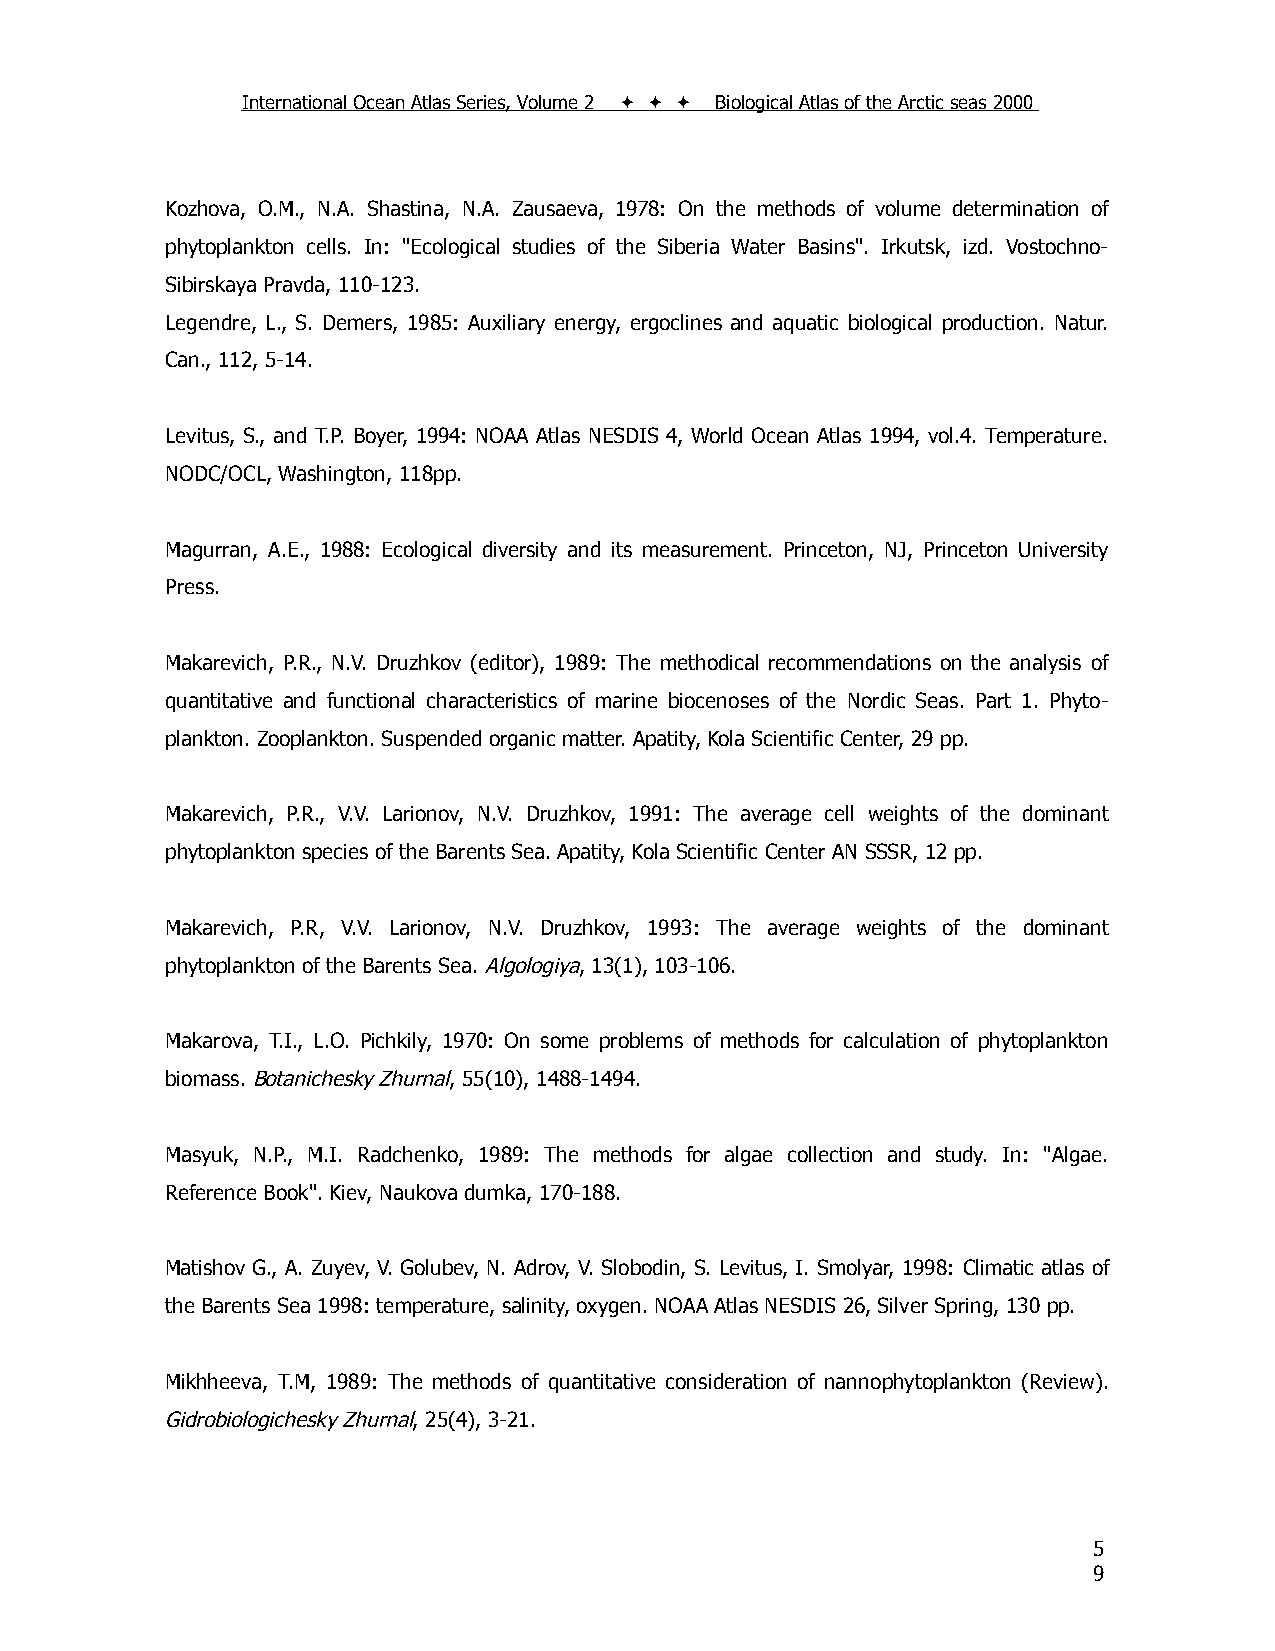
International Ocean Atlas Series, Volume 2    Biological Atlas of the Arctic seas 2000
 Kozhova, O.M., N.A. Shastina, N.A. Zausaeva, 1978: On the methods of volume determination of
 phytoplankton cells. In: "Ecological studies of the Siberia Water Basins". Irkutsk, izd. Vostochno-
 Sibirskaya Pravda, 110-123.
 Legendre, L., S. Demers, 1985: Auxiliary energy, ergoclines and aquatic biological production. Natur.
 Can., 112, 5-14.
 Levitus, S., and T.P. Boyer, 1994: NOAA Atlas NESDIS 4, World Ocean Atlas 1994, vol.4. Temperature.
 NODC/OCL, Washington, 118pp.
 Magurran, A.E., 1988: Ecological diversity and its measurement. Princeton, NJ, Princeton University
 Press.
 Makarevich, P.R., N.V. Druzhkov (editor), 1989: The methodical recommendations on the analysis of
 quantitative and functional characteristics of marine biocenoses of the Nordic Seas. Part 1. Phyto-
 plankton. Zooplankton. Suspended organic matter. Apatity, Kola Scientific Center, 29 pp.
 Makarevich, P.R., V.V. Larionov, N.V. Druzhkov, 1991: The average cell weights of the dominant
 phytoplankton species of the Barents Sea. Apatity, Kola Scientific Center AN SSSR, 12 pp.
 Makarevich, P.R, V.V. Larionov, N.V. Druzhkov, 1993: The average weights of the dominant
 phytoplankton of the Barents Sea. Algologiya, 13(1), 103-106.
 Makarova, T.I., L.O. Pichkily, 1970: On some problems of methods for calculation of phytoplankton
 biomass. Botanichesky Zhurnal, 55(10), 1488-1494.
 Masyuk, N.P., M.I. Radchenko, 1989: The methods for algae collection and study. In: "Algae.
 Reference Book". Kiev, Naukova dumka, 170-188.
 Matishov G., A. Zuyev, V. Golubev, N. Adrov, V. Slobodin, S. Levitus, I. Smolyar, 1998: Climatic atlas of
 the Barents Sea 1998: temperature, salinity, oxygen. NOAA Atlas NESDIS 26, Silver Spring, 130 pp.
 Mikhheeva, T.M, 1989: The methods of quantitative consideration of nannophytoplankton (Review).
 Gidrobiologichesky Zhurnal, 25(4), 3-21.
 5
 9